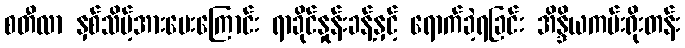
စတီလာ နှစ်သိမ့်အားပေးကြောင်း ရာခိုင်နှုန်းခန့်နှင့် ရောက်ခဲ့ရခြင်း အိန္ဒိယကမ်းရိုးတန်း